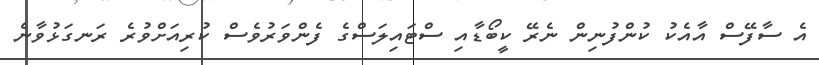
އެ ސާފޭސް އާއެކު ކުންފުނިން ނެރޭ ކީބޯޑާއި ސްޓައިލަސްގެ ފެންވަރުވެސް ކުރިއަށްވުރެ ރަނގަޅުވާނެ